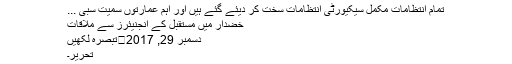
تمام انتظامات مکمل سیکیورٹی انتظامات سخت کر دیئے گئے ہیں اور اہم عمارتوں سمیت سبی ...
خضدار میں مستقبل کے انجنیئرز سے ملاقات
دسمبر 29, 2017	تبصرہ لکھیں
تحریر۔